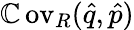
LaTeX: \operatorname{\mathbb{C}ov}_{R}(\hat{{q}},\hat{{p}})